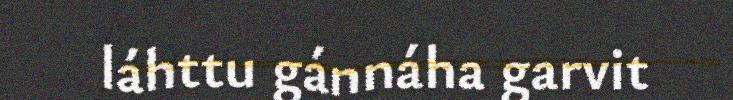
láhttu gánnáha garvit